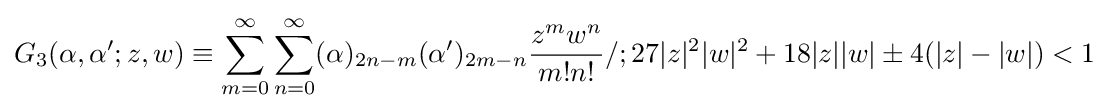
G_{3}(\alpha ,\alpha ';z,w)\equiv \sum _{m=0}^{\infty }\sum _{n=0}^{\infty }(\alpha )_{2n-m}(\alpha ')_{2m-n}{\frac {z^{m}w^{n}}{m!n!}}/;27|z|^{2}|w|^{2}+18|z||w|\pm 4(|z|-|w|)<1